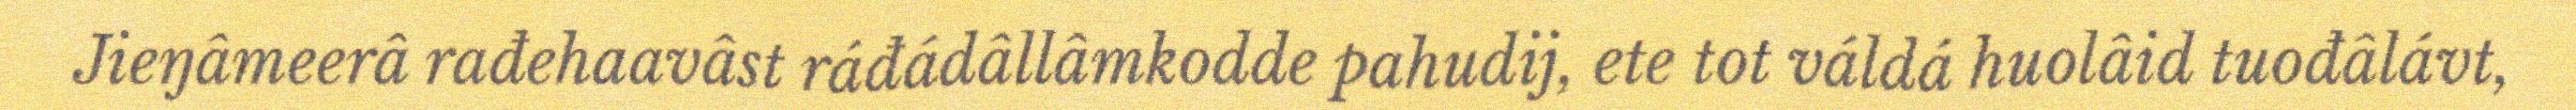
Jieŋâmeerâ rađehaavâst ráđádâllâmkodde pahudij, ete tot váldá huolâid tuođâlávt,